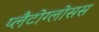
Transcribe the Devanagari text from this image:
प्लैटोग्लोसस